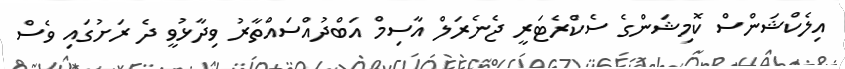
އިލެކްޝަންސް ކޮމިޝަންގެ ސެކްރެޓަރީ ޖެނެރަލް އާސިމް އަބްދުއްސައްތާރު ވިދާޅުވީ ދެ ރަށުގައި ވެސް